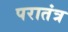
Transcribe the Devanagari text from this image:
परातंत्र